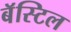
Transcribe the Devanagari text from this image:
बॅस्टिल